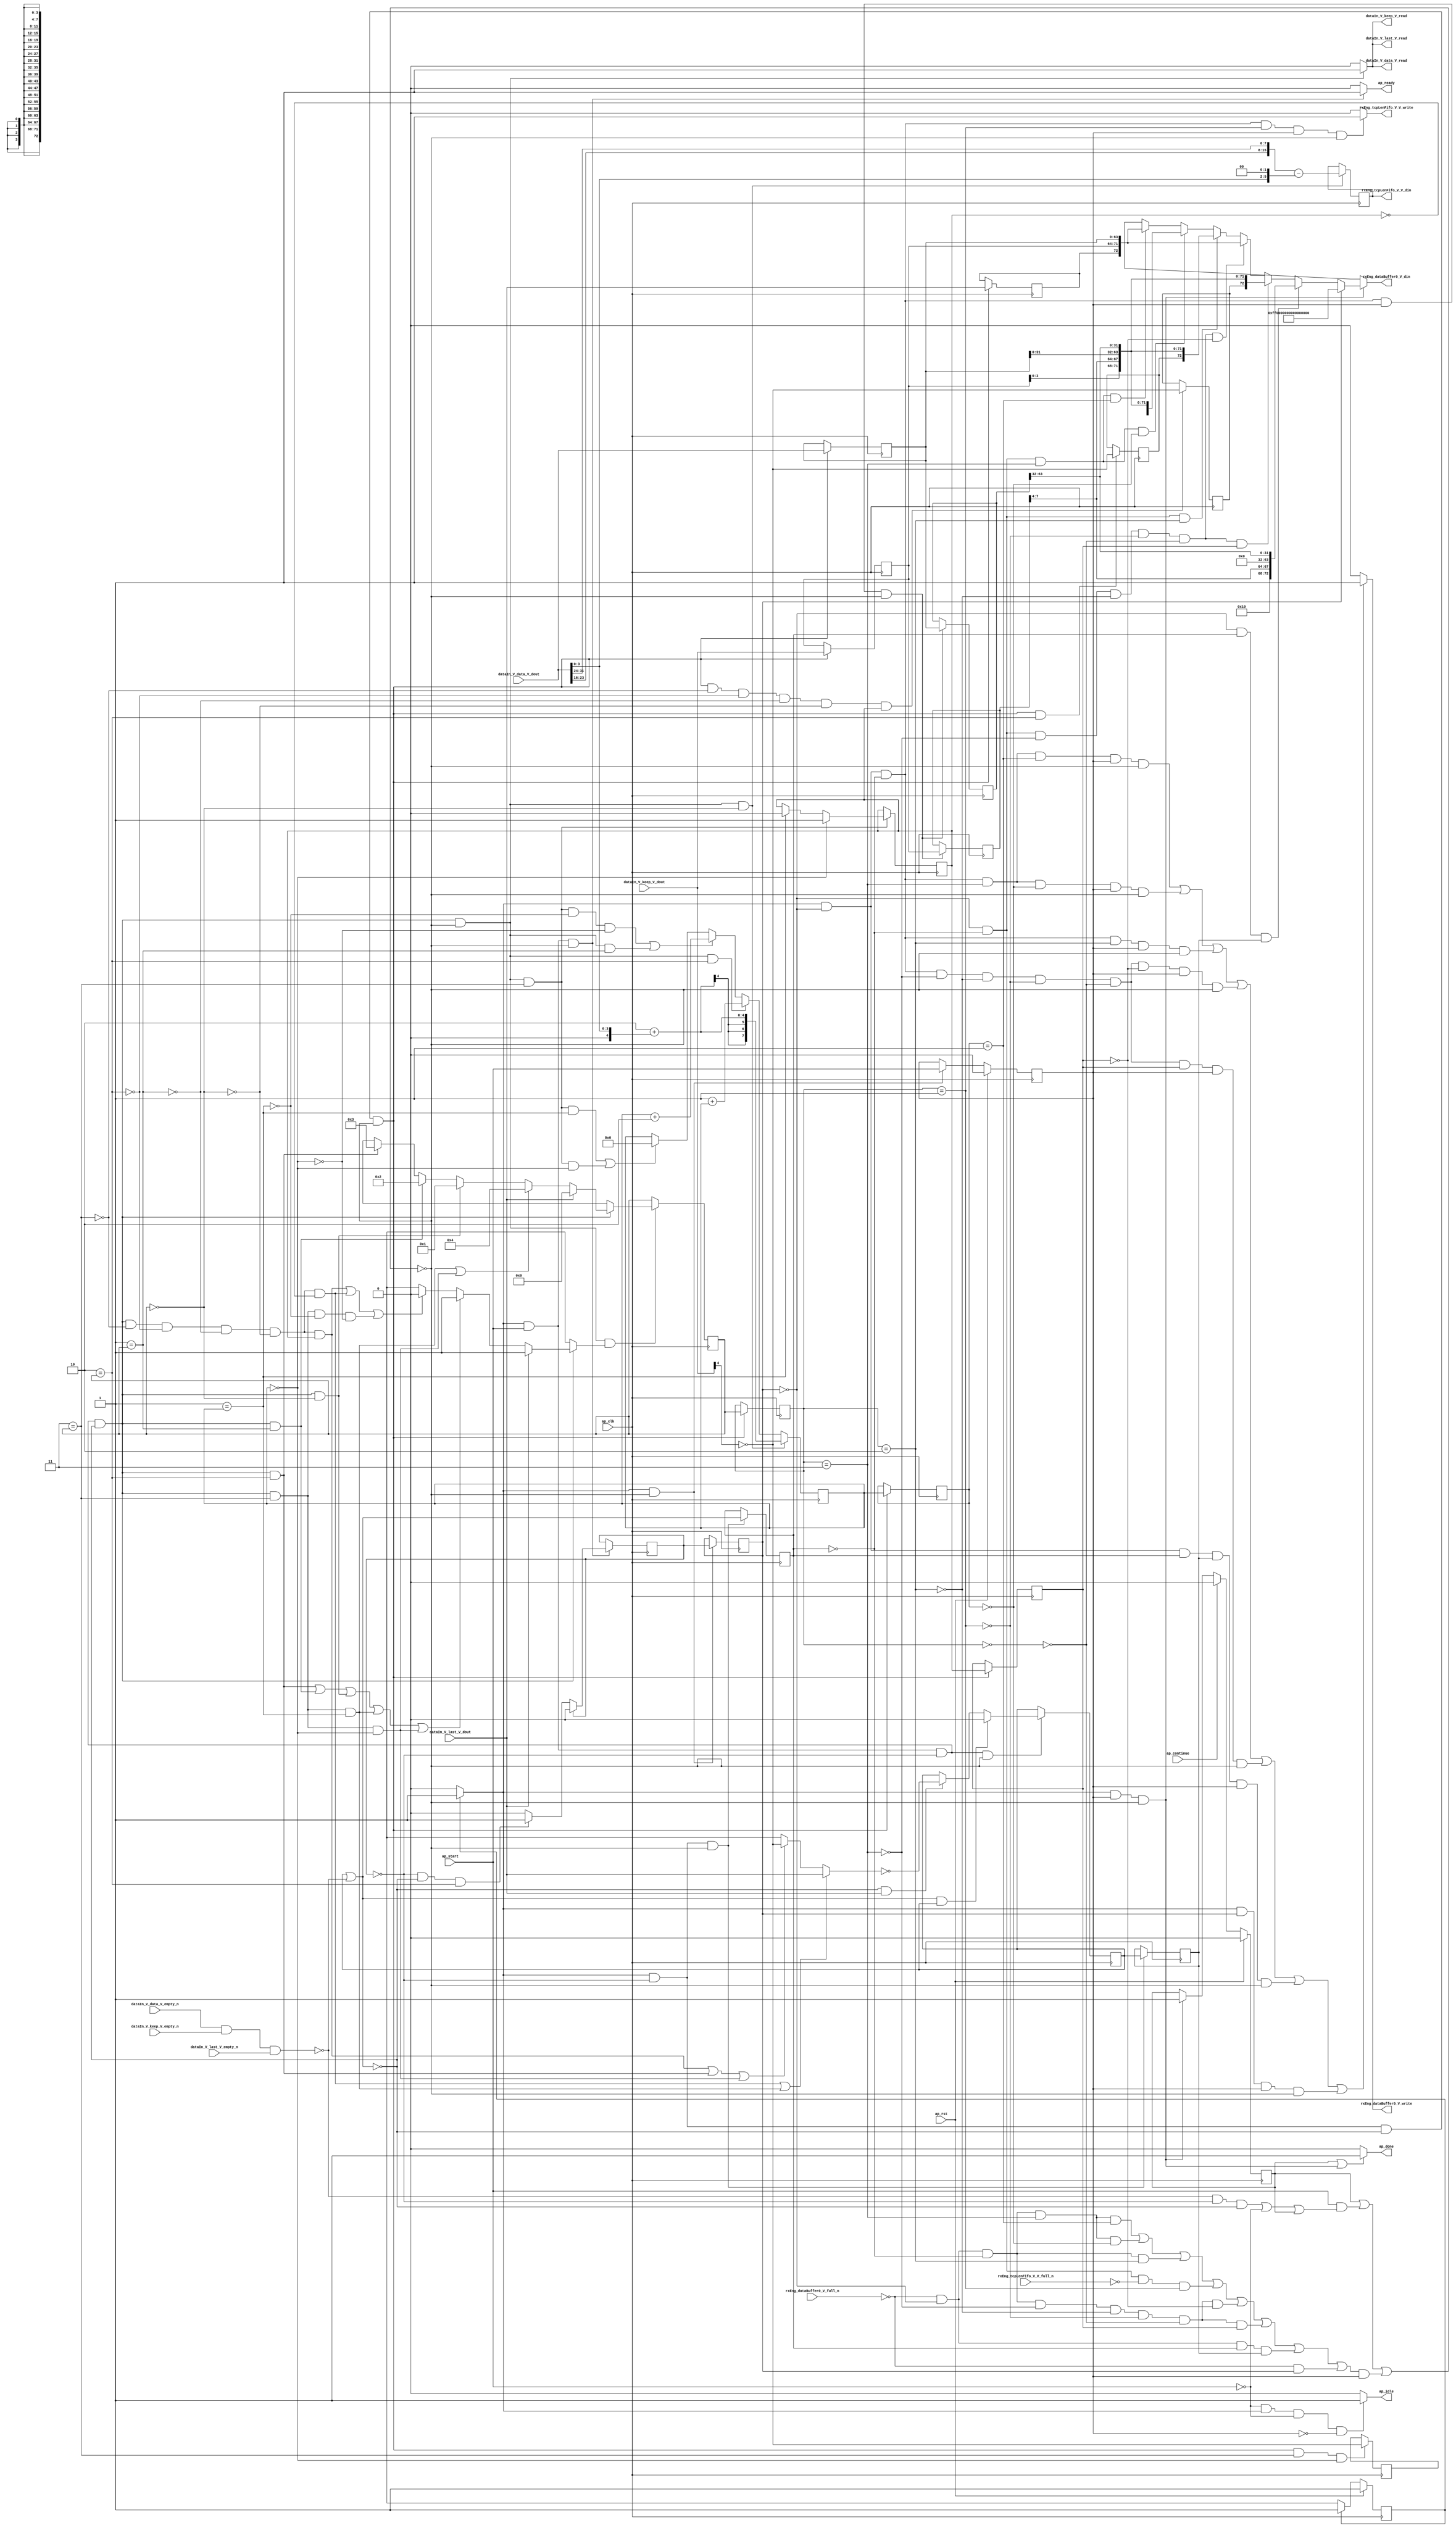
// ==============================================================
// RTL generated by Vivado(TM) HLS - High-Level Synthesis from C, C++ and SystemC
// Version: 2015.1
// Copyright (C) 2015 Xilinx Inc. All rights reserved.
// 
// ===========================================================

`timescale 1 ns / 1 ps 

module toe_rxTcpLengthExtract (
        ap_clk,
        ap_rst,
        ap_start,
        ap_done,
        ap_continue,
        ap_idle,
        ap_ready,
        rxEng_dataBuffer0_V_din,
        rxEng_dataBuffer0_V_full_n,
        rxEng_dataBuffer0_V_write,
        rxEng_tcpLenFifo_V_V_din,
        rxEng_tcpLenFifo_V_V_full_n,
        rxEng_tcpLenFifo_V_V_write,
        dataIn_V_data_V_dout,
        dataIn_V_data_V_empty_n,
        dataIn_V_data_V_read,
        dataIn_V_keep_V_dout,
        dataIn_V_keep_V_empty_n,
        dataIn_V_keep_V_read,
        dataIn_V_last_V_dout,
        dataIn_V_last_V_empty_n,
        dataIn_V_last_V_read
);

parameter    ap_const_logic_1 = 1'b1;
parameter    ap_const_logic_0 = 1'b0;
parameter    ap_ST_pp0_stg0_fsm_0 = 1'b1;
parameter    ap_const_lv32_0 = 32'b00000000000000000000000000000000;
parameter    ap_const_lv1_1 = 1'b1;
parameter    ap_const_lv1_0 = 1'b0;
parameter    ap_const_lv4_3 = 4'b11;
parameter    ap_const_lv8_1 = 8'b1;
parameter    ap_const_lv8_0 = 8'b00000000;
parameter    ap_const_lv4_2 = 4'b10;
parameter    ap_const_lv4_1 = 4'b1;
parameter    ap_const_lv4_0 = 4'b0000;
parameter    ap_const_lv4_4 = 4'b100;
parameter    ap_const_lv73_FF0000000000000000 = 73'b111111110000000000000000000000000000000000000000000000000000000000000000;
parameter    ap_const_lv32_4 = 32'b100;
parameter    ap_const_lv8_FE = 8'b11111110;
parameter    ap_const_lv32_20 = 32'b100000;
parameter    ap_const_lv32_3F = 32'b111111;
parameter    ap_const_lv32_7 = 32'b111;
parameter    ap_const_lv8_FF = 8'b11111111;
parameter    ap_const_lv32_18 = 32'b11000;
parameter    ap_const_lv32_1F = 32'b11111;
parameter    ap_const_lv32_10 = 32'b10000;
parameter    ap_const_lv32_17 = 32'b10111;
parameter    ap_const_lv2_0 = 2'b00;
parameter    ap_const_lv5_1E = 5'b11110;
parameter    ap_true = 1'b1;

input   ap_clk;
input   ap_rst;
input   ap_start;
output   ap_done;
input   ap_continue;
output   ap_idle;
output   ap_ready;
output  [72:0] rxEng_dataBuffer0_V_din;
input   rxEng_dataBuffer0_V_full_n;
output   rxEng_dataBuffer0_V_write;
output  [15:0] rxEng_tcpLenFifo_V_V_din;
input   rxEng_tcpLenFifo_V_V_full_n;
output   rxEng_tcpLenFifo_V_V_write;
input  [63:0] dataIn_V_data_V_dout;
input   dataIn_V_data_V_empty_n;
output   dataIn_V_data_V_read;
input  [7:0] dataIn_V_keep_V_dout;
input   dataIn_V_keep_V_empty_n;
output   dataIn_V_keep_V_read;
input  [0:0] dataIn_V_last_V_dout;
input   dataIn_V_last_V_empty_n;
output   dataIn_V_last_V_read;

reg ap_done;
reg ap_idle;
reg ap_ready;
reg[72:0] rxEng_dataBuffer0_V_din;
reg rxEng_dataBuffer0_V_write;
reg rxEng_tcpLenFifo_V_V_write;
reg    ap_done_reg = 1'b0;
(* fsm_encoding = "none" *) reg   [0:0] ap_CS_fsm = 1'b1;
reg    ap_sig_cseq_ST_pp0_stg0_fsm_0;
reg    ap_sig_bdd_20;
wire    ap_reg_ppiten_pp0_it0;
reg    ap_reg_ppiten_pp0_it1 = 1'b0;
wire    dataIn_V_data_V0_status;
wire   [0:0] brmerge_fu_354_p2;
reg    ap_sig_bdd_48;
reg   [0:0] tle_insertWord_load_reg_644;
reg   [0:0] brmerge_reg_652;
reg   [3:0] tle_wordCount_V_load_reg_682;
reg   [7:0] tle_ipHeaderLen_V_load_reg_686;
reg   [0:0] tle_shift_load_reg_690;
reg   [0:0] tle_wasLast_load_reg_648;
reg    ap_sig_bdd_119;
reg   [0:0] tle_insertWord = 1'b0;
reg   [0:0] tle_wasLast = 1'b0;
reg   [63:0] tle_prevWord_data_V = 64'b0000000000000000000000000000000000000000000000000000000000000000;
reg   [7:0] tle_prevWord_keep_V = 8'b00000000;
reg   [3:0] tle_wordCount_V = 4'b0000;
reg   [7:0] tle_ipHeaderLen_V = 8'b00000000;
reg   [0:0] tle_shift = 1'b1;
reg   [15:0] tle_ipTotalLen_V = 16'b0000000000000000;
wire   [0:0] tle_wasLast_load_load_fu_344_p1;
reg   [63:0] tmp_data_V_reg_656;
reg   [7:0] tmp_keep_V_reg_666;
wire   [0:0] tmp_last_V_fu_369_p1;
reg   [0:0] tmp_last_V_reg_676;
wire   [3:0] tle_wordCount_V_load_load_fu_375_p1;
wire   [7:0] tle_ipHeaderLen_V_load_load_fu_379_p1;
wire   [0:0] tle_shift_load_load_fu_384_p1;
wire   [0:0] grp_fu_302_p2;
reg   [0:0] tmp_last_V_9_reg_694;
reg   [0:0] tmp_last_V_7_reg_699;
reg   [0:0] tmp_last_V_8_reg_704;
wire   [0:0] ap_reg_phiprechg_tle_wordCount_V_flag_reg_183pp0_it0;
reg   [0:0] tle_wordCount_V_flag_phi_fu_186_p16;
wire   [3:0] ap_reg_phiprechg_tle_wordCount_V_new_reg_212pp0_it0;
reg   [3:0] tle_wordCount_V_new_phi_fu_215_p16;
wire   [0:0] ap_reg_phiprechg_sendWord_2_2_reg_241pp0_it0;
reg   [0:0] sendWord_2_2_phi_fu_244_p16;
wire   [0:0] ap_reg_phiprechg_tle_wordCount_V_flag_1_reg_265pp0_it0;
reg   [0:0] tle_wordCount_V_flag_1_phi_fu_268_p4;
wire   [3:0] ap_reg_phiprechg_tle_wordCount_V_new_1_reg_277pp0_it0;
reg   [3:0] tle_wordCount_V_new_1_phi_fu_280_p4;
wire   [0:0] tmp_nbreadreq_fu_146_p5;
reg    dataIn_V_data_V0_update;
wire   [72:0] tmp_3_fu_534_p4;
wire   [72:0] tmp_2_fu_548_p6;
wire   [72:0] tmp_1_fu_568_p6;
wire   [72:0] tmp_5_fu_587_p4;
wire   [72:0] tmp_4_fu_601_p6;
wire   [72:0] tmp_6_fu_633_p4;
wire   [0:0] tmp_102_fu_494_p2;
wire   [7:0] grp_fu_311_p2;
wire   [7:0] tmp_100_fu_400_p2;
wire  signed [7:0] tmp_160_cast_fu_484_p1;
wire   [15:0] tmp_97_fu_466_p2;
wire   [0:0] grp_fu_295_p3;
wire   [0:0] tmp_not_fu_348_p2;
wire   [3:0] tmp_335_fu_418_p1;
wire   [7:0] p_Result_2_i_fu_436_p4;
wire   [7:0] p_Result_i_fu_426_p4;
wire   [5:0] tmp_s_fu_454_p3;
wire   [15:0] tmp_i_fu_446_p3;
wire   [15:0] tmp_158_cast_fu_462_p1;
wire   [4:0] p_cast_fu_422_p1;
wire   [4:0] tmp_98_fu_478_p2;
wire   [3:0] tmp_343_fu_545_p1;
wire   [3:0] grp_fu_331_p4;
wire   [31:0] tmp_342_fu_542_p1;
wire   [31:0] grp_fu_322_p4;
wire   [3:0] tmp_337_fu_565_p1;
wire   [31:0] tmp_336_fu_562_p1;
wire   [3:0] tmp_340_fu_598_p1;
wire   [31:0] tmp_339_fu_595_p1;
wire   [7:0] p_Result_16_fu_629_p1;
wire   [63:0] p_Result_s_116_fu_625_p1;
reg   [0:0] ap_NS_fsm;
reg    ap_sig_pprstidle_pp0;
reg    ap_sig_bdd_68;
reg    ap_sig_bdd_72;
reg    ap_sig_bdd_76;
reg    ap_sig_bdd_99;
reg    ap_sig_bdd_102;
reg    ap_sig_bdd_109;
reg    ap_sig_bdd_273;
reg    ap_sig_bdd_181;
reg    ap_sig_bdd_126;
reg    ap_sig_bdd_527;
reg    ap_sig_bdd_530;
reg    ap_sig_bdd_532;
reg    ap_sig_bdd_529;
reg    ap_sig_bdd_320;




/// the current state (ap_CS_fsm) of the state machine. ///
always @ (posedge ap_clk)
begin : ap_ret_ap_CS_fsm
    if (ap_rst == 1'b1) begin
        ap_CS_fsm <= ap_ST_pp0_stg0_fsm_0;
    end else begin
        ap_CS_fsm <= ap_NS_fsm;
    end
end

/// ap_done_reg assign process. ///
always @ (posedge ap_clk)
begin : ap_ret_ap_done_reg
    if (ap_rst == 1'b1) begin
        ap_done_reg <= ap_const_logic_0;
    end else begin
        if ((ap_const_logic_1 == ap_continue)) begin
            ap_done_reg <= ap_const_logic_0;
        end else if (((ap_const_logic_1 == ap_sig_cseq_ST_pp0_stg0_fsm_0) & (ap_const_logic_1 == ap_reg_ppiten_pp0_it1) & ~((ap_done_reg == ap_const_logic_1) | ((ap_const_logic_1 == ap_reg_ppiten_pp0_it0) & ap_sig_bdd_48) | (ap_sig_bdd_119 & (ap_const_logic_1 == ap_reg_ppiten_pp0_it1))))) begin
            ap_done_reg <= ap_const_logic_1;
        end
    end
end

/// ap_reg_ppiten_pp0_it1 assign process. ///
always @ (posedge ap_clk)
begin : ap_ret_ap_reg_ppiten_pp0_it1
    if (ap_rst == 1'b1) begin
        ap_reg_ppiten_pp0_it1 <= ap_const_logic_0;
    end else begin
        if (((ap_const_logic_1 == ap_sig_cseq_ST_pp0_stg0_fsm_0) & ~((ap_done_reg == ap_const_logic_1) | ((ap_const_logic_1 == ap_reg_ppiten_pp0_it0) & ap_sig_bdd_48) | (ap_sig_bdd_119 & (ap_const_logic_1 == ap_reg_ppiten_pp0_it1))))) begin
            ap_reg_ppiten_pp0_it1 <= ap_reg_ppiten_pp0_it0;
        end
    end
end

/// assign process. ///
always @(posedge ap_clk)
begin
    if (ap_sig_bdd_126) begin
        if (~(tle_insertWord == ap_const_lv1_0)) begin
            tle_insertWord <= ap_const_lv1_0;
        end else if (ap_sig_bdd_181) begin
            tle_insertWord <= ap_const_lv1_1;
        end
    end
end

/// assign process. ///
always @(posedge ap_clk)
begin
    if (((ap_const_logic_1 == ap_sig_cseq_ST_pp0_stg0_fsm_0) & (ap_const_logic_1 == ap_reg_ppiten_pp0_it0) & (tle_insertWord == ap_const_lv1_0) & (ap_const_lv1_0 == brmerge_fu_354_p2) & ~((ap_done_reg == ap_const_logic_1) | ((ap_const_logic_1 == ap_reg_ppiten_pp0_it0) & ap_sig_bdd_48) | (ap_sig_bdd_119 & (ap_const_logic_1 == ap_reg_ppiten_pp0_it1))) & (ap_const_lv4_0 == tle_wordCount_V_load_load_fu_375_p1))) begin
        tle_ipHeaderLen_V <= tmp_160_cast_fu_484_p1;
    end else if (((ap_const_logic_1 == ap_sig_cseq_ST_pp0_stg0_fsm_0) & (ap_const_logic_1 == ap_reg_ppiten_pp0_it0) & (tle_insertWord == ap_const_lv1_0) & (ap_const_lv1_0 == brmerge_fu_354_p2) & ~((ap_done_reg == ap_const_logic_1) | ((ap_const_logic_1 == ap_reg_ppiten_pp0_it0) & ap_sig_bdd_48) | (ap_sig_bdd_119 & (ap_const_logic_1 == ap_reg_ppiten_pp0_it1))) & (ap_const_lv4_2 == tle_wordCount_V_load_load_fu_375_p1))) begin
        tle_ipHeaderLen_V <= tmp_100_fu_400_p2;
    end else if ((((ap_const_logic_1 == ap_sig_cseq_ST_pp0_stg0_fsm_0) & (ap_const_logic_1 == ap_reg_ppiten_pp0_it0) & (tle_insertWord == ap_const_lv1_0) & (ap_const_lv1_0 == brmerge_fu_354_p2) & ~((ap_done_reg == ap_const_logic_1) | ((ap_const_logic_1 == ap_reg_ppiten_pp0_it0) & ap_sig_bdd_48) | (ap_sig_bdd_119 & (ap_const_logic_1 == ap_reg_ppiten_pp0_it1))) & (ap_const_lv4_3 == tle_wordCount_V_load_load_fu_375_p1) & ~(ap_const_lv8_1 == tle_ipHeaderLen_V_load_load_fu_379_p1) & ~(ap_const_lv8_0 == tle_ipHeaderLen_V_load_load_fu_379_p1)) | ((ap_const_logic_1 == ap_sig_cseq_ST_pp0_stg0_fsm_0) & (ap_const_logic_1 == ap_reg_ppiten_pp0_it0) & (tle_insertWord == ap_const_lv1_0) & (ap_const_lv1_0 == brmerge_fu_354_p2) & ~((ap_done_reg == ap_const_logic_1) | ((ap_const_logic_1 == ap_reg_ppiten_pp0_it0) & ap_sig_bdd_48) | (ap_sig_bdd_119 & (ap_const_logic_1 == ap_reg_ppiten_pp0_it1))) & (ap_const_lv4_1 == tle_wordCount_V_load_load_fu_375_p1)))) begin
        tle_ipHeaderLen_V <= grp_fu_311_p2;
    end else if ((((ap_const_logic_1 == ap_sig_cseq_ST_pp0_stg0_fsm_0) & (ap_const_logic_1 == ap_reg_ppiten_pp0_it0) & (tle_insertWord == ap_const_lv1_0) & (ap_const_lv1_0 == brmerge_fu_354_p2) & ~((ap_done_reg == ap_const_logic_1) | ((ap_const_logic_1 == ap_reg_ppiten_pp0_it0) & ap_sig_bdd_48) | (ap_sig_bdd_119 & (ap_const_logic_1 == ap_reg_ppiten_pp0_it1))) & (ap_const_lv4_3 == tle_wordCount_V_load_load_fu_375_p1) & (ap_const_lv8_1 == tle_ipHeaderLen_V_load_load_fu_379_p1)) | ((ap_const_logic_1 == ap_sig_cseq_ST_pp0_stg0_fsm_0) & (ap_const_logic_1 == ap_reg_ppiten_pp0_it0) & (tle_insertWord == ap_const_lv1_0) & (ap_const_lv1_0 == brmerge_fu_354_p2) & ~((ap_done_reg == ap_const_logic_1) | ((ap_const_logic_1 == ap_reg_ppiten_pp0_it0) & ap_sig_bdd_48) | (ap_sig_bdd_119 & (ap_const_logic_1 == ap_reg_ppiten_pp0_it1))) & (ap_const_lv4_3 == tle_wordCount_V_load_load_fu_375_p1) & (ap_const_lv8_0 == tle_ipHeaderLen_V_load_load_fu_379_p1)))) begin
        tle_ipHeaderLen_V <= ap_const_lv8_0;
    end
end

/// assign process. ///
always @(posedge ap_clk)
begin
    if (ap_sig_bdd_527) begin
        if ((ap_const_lv8_0 == tle_ipHeaderLen_V_load_load_fu_379_p1)) begin
            tle_shift <= ap_const_lv1_1;
        end else if ((ap_const_lv8_1 == tle_ipHeaderLen_V_load_load_fu_379_p1)) begin
            tle_shift <= ap_const_lv1_0;
        end
    end
end

/// assign process. ///
always @(posedge ap_clk)
begin
    if (ap_sig_bdd_529) begin
        if (ap_sig_bdd_532) begin
            tle_wasLast <= ap_const_lv1_0;
        end else if (ap_sig_bdd_530) begin
            tle_wasLast <= tmp_102_fu_494_p2;
        end
    end
end

/// assign process. ///
always @(posedge ap_clk)
begin
    if (((ap_const_logic_1 == ap_sig_cseq_ST_pp0_stg0_fsm_0) & (tle_insertWord == ap_const_lv1_0) & ~((ap_done_reg == ap_const_logic_1) | ((ap_const_logic_1 == ap_reg_ppiten_pp0_it0) & ap_sig_bdd_48) | (ap_sig_bdd_119 & (ap_const_logic_1 == ap_reg_ppiten_pp0_it1))))) begin
        brmerge_reg_652 <= brmerge_fu_354_p2;
        tle_wasLast_load_reg_648 <= tle_wasLast;
    end
end

/// assign process. ///
always @(posedge ap_clk)
begin
    if (((ap_const_logic_1 == ap_sig_cseq_ST_pp0_stg0_fsm_0) & ~((ap_done_reg == ap_const_logic_1) | ((ap_const_logic_1 == ap_reg_ppiten_pp0_it0) & ap_sig_bdd_48) | (ap_sig_bdd_119 & (ap_const_logic_1 == ap_reg_ppiten_pp0_it1))))) begin
        tle_insertWord_load_reg_644 <= tle_insertWord;
    end
end

/// assign process. ///
always @(posedge ap_clk)
begin
    if (((ap_const_logic_1 == ap_sig_cseq_ST_pp0_stg0_fsm_0) & (tle_insertWord == ap_const_lv1_0) & (ap_const_lv1_0 == brmerge_fu_354_p2) & ~((ap_done_reg == ap_const_logic_1) | ((ap_const_logic_1 == ap_reg_ppiten_pp0_it0) & ap_sig_bdd_48) | (ap_sig_bdd_119 & (ap_const_logic_1 == ap_reg_ppiten_pp0_it1))))) begin
        tle_ipHeaderLen_V_load_reg_686 <= tle_ipHeaderLen_V;
        tle_shift_load_reg_690 <= tle_shift;
        tle_wordCount_V_load_reg_682 <= tle_wordCount_V;
        tmp_data_V_reg_656 <= dataIn_V_data_V_dout;
        tmp_keep_V_reg_666 <= dataIn_V_keep_V_dout;
        tmp_last_V_reg_676 <= dataIn_V_last_V_dout;
    end
end

/// assign process. ///
always @(posedge ap_clk)
begin
    if (((ap_const_logic_1 == ap_sig_cseq_ST_pp0_stg0_fsm_0) & (ap_const_logic_1 == ap_reg_ppiten_pp0_it0) & (tle_insertWord == ap_const_lv1_0) & (ap_const_lv1_0 == brmerge_fu_354_p2) & ~((ap_done_reg == ap_const_logic_1) | ((ap_const_logic_1 == ap_reg_ppiten_pp0_it0) & ap_sig_bdd_48) | (ap_sig_bdd_119 & (ap_const_logic_1 == ap_reg_ppiten_pp0_it1))) & (ap_const_lv4_0 == tle_wordCount_V_load_load_fu_375_p1))) begin
        tle_ipTotalLen_V <= tmp_97_fu_466_p2;
    end
end

/// assign process. ///
always @(posedge ap_clk)
begin
    if (((ap_const_logic_1 == ap_sig_cseq_ST_pp0_stg0_fsm_0) & (ap_const_lv1_0 == tle_insertWord_load_reg_644) & (ap_const_lv1_0 == brmerge_reg_652) & (ap_const_logic_1 == ap_reg_ppiten_pp0_it1) & ~((ap_done_reg == ap_const_logic_1) | ((ap_const_logic_1 == ap_reg_ppiten_pp0_it0) & ap_sig_bdd_48) | (ap_sig_bdd_119 & (ap_const_logic_1 == ap_reg_ppiten_pp0_it1))))) begin
        tle_prevWord_data_V <= tmp_data_V_reg_656;
        tle_prevWord_keep_V <= tmp_keep_V_reg_666;
    end
end

/// assign process. ///
always @(posedge ap_clk)
begin
    if (((ap_const_logic_1 == ap_sig_cseq_ST_pp0_stg0_fsm_0) & (ap_const_logic_1 == ap_reg_ppiten_pp0_it0) & (tle_insertWord == ap_const_lv1_0) & (ap_const_lv1_0 == brmerge_fu_354_p2) & ~((ap_done_reg == ap_const_logic_1) | ((ap_const_logic_1 == ap_reg_ppiten_pp0_it0) & ap_sig_bdd_48) | (ap_sig_bdd_119 & (ap_const_logic_1 == ap_reg_ppiten_pp0_it1))) & ~(ap_const_lv1_0 == tle_wordCount_V_flag_1_phi_fu_268_p4))) begin
        tle_wordCount_V <= tle_wordCount_V_new_1_phi_fu_280_p4;
    end
end

/// assign process. ///
always @(posedge ap_clk)
begin
    if (((ap_const_logic_1 == ap_sig_cseq_ST_pp0_stg0_fsm_0) & (tle_insertWord == ap_const_lv1_0) & (ap_const_lv1_0 == brmerge_fu_354_p2) & ~((ap_done_reg == ap_const_logic_1) | ((ap_const_logic_1 == ap_reg_ppiten_pp0_it0) & ap_sig_bdd_48) | (ap_sig_bdd_119 & (ap_const_logic_1 == ap_reg_ppiten_pp0_it1))) & (ap_const_lv4_2 == tle_wordCount_V_load_load_fu_375_p1))) begin
        tmp_last_V_7_reg_699 <= grp_fu_302_p2;
    end
end

/// assign process. ///
always @(posedge ap_clk)
begin
    if (((ap_const_logic_1 == ap_sig_cseq_ST_pp0_stg0_fsm_0) & (tle_insertWord == ap_const_lv1_0) & (ap_const_lv1_0 == brmerge_fu_354_p2) & ~((ap_done_reg == ap_const_logic_1) | ((ap_const_logic_1 == ap_reg_ppiten_pp0_it0) & ap_sig_bdd_48) | (ap_sig_bdd_119 & (ap_const_logic_1 == ap_reg_ppiten_pp0_it1))) & ~(ap_const_lv4_3 == tle_wordCount_V_load_load_fu_375_p1) & ~(ap_const_lv4_2 == tle_wordCount_V_load_load_fu_375_p1) & ~(ap_const_lv4_1 == tle_wordCount_V_load_load_fu_375_p1) & ~(ap_const_lv4_0 == tle_wordCount_V_load_load_fu_375_p1) & ~(ap_const_lv1_0 == tle_shift_load_load_fu_384_p1))) begin
        tmp_last_V_8_reg_704 <= grp_fu_302_p2;
    end
end

/// assign process. ///
always @(posedge ap_clk)
begin
    if (((ap_const_logic_1 == ap_sig_cseq_ST_pp0_stg0_fsm_0) & (tle_insertWord == ap_const_lv1_0) & (ap_const_lv1_0 == brmerge_fu_354_p2) & ~((ap_done_reg == ap_const_logic_1) | ((ap_const_logic_1 == ap_reg_ppiten_pp0_it0) & ap_sig_bdd_48) | (ap_sig_bdd_119 & (ap_const_logic_1 == ap_reg_ppiten_pp0_it1))) & (ap_const_lv4_3 == tle_wordCount_V_load_load_fu_375_p1) & (ap_const_lv8_0 == tle_ipHeaderLen_V_load_load_fu_379_p1))) begin
        tmp_last_V_9_reg_694 <= grp_fu_302_p2;
    end
end

/// ap_done assign process. ///
always @ (ap_done_reg or ap_sig_cseq_ST_pp0_stg0_fsm_0 or ap_reg_ppiten_pp0_it0 or ap_reg_ppiten_pp0_it1 or ap_sig_bdd_48 or ap_sig_bdd_119)
begin
    if (((ap_const_logic_1 == ap_done_reg) | ((ap_const_logic_1 == ap_sig_cseq_ST_pp0_stg0_fsm_0) & (ap_const_logic_1 == ap_reg_ppiten_pp0_it1) & ~((ap_done_reg == ap_const_logic_1) | ((ap_const_logic_1 == ap_reg_ppiten_pp0_it0) & ap_sig_bdd_48) | (ap_sig_bdd_119 & (ap_const_logic_1 == ap_reg_ppiten_pp0_it1)))))) begin
        ap_done = ap_const_logic_1;
    end else begin
        ap_done = ap_const_logic_0;
    end
end

/// ap_idle assign process. ///
always @ (ap_start or ap_sig_cseq_ST_pp0_stg0_fsm_0 or ap_reg_ppiten_pp0_it0 or ap_reg_ppiten_pp0_it1)
begin
    if ((~(ap_const_logic_1 == ap_start) & (ap_const_logic_1 == ap_sig_cseq_ST_pp0_stg0_fsm_0) & (ap_const_logic_0 == ap_reg_ppiten_pp0_it0) & (ap_const_logic_0 == ap_reg_ppiten_pp0_it1))) begin
        ap_idle = ap_const_logic_1;
    end else begin
        ap_idle = ap_const_logic_0;
    end
end

/// ap_ready assign process. ///
always @ (ap_done_reg or ap_sig_cseq_ST_pp0_stg0_fsm_0 or ap_reg_ppiten_pp0_it0 or ap_reg_ppiten_pp0_it1 or ap_sig_bdd_48 or ap_sig_bdd_119)
begin
    if (((ap_const_logic_1 == ap_sig_cseq_ST_pp0_stg0_fsm_0) & (ap_const_logic_1 == ap_reg_ppiten_pp0_it0) & ~((ap_done_reg == ap_const_logic_1) | ((ap_const_logic_1 == ap_reg_ppiten_pp0_it0) & ap_sig_bdd_48) | (ap_sig_bdd_119 & (ap_const_logic_1 == ap_reg_ppiten_pp0_it1))))) begin
        ap_ready = ap_const_logic_1;
    end else begin
        ap_ready = ap_const_logic_0;
    end
end

/// ap_sig_cseq_ST_pp0_stg0_fsm_0 assign process. ///
always @ (ap_sig_bdd_20)
begin
    if (ap_sig_bdd_20) begin
        ap_sig_cseq_ST_pp0_stg0_fsm_0 = ap_const_logic_1;
    end else begin
        ap_sig_cseq_ST_pp0_stg0_fsm_0 = ap_const_logic_0;
    end
end

/// ap_sig_pprstidle_pp0 assign process. ///
always @ (ap_start or ap_reg_ppiten_pp0_it0)
begin
    if (((ap_const_logic_0 == ap_reg_ppiten_pp0_it0) & (ap_const_logic_0 == ap_start))) begin
        ap_sig_pprstidle_pp0 = ap_const_logic_1;
    end else begin
        ap_sig_pprstidle_pp0 = ap_const_logic_0;
    end
end

/// dataIn_V_data_V0_update assign process. ///
always @ (ap_done_reg or ap_sig_cseq_ST_pp0_stg0_fsm_0 or ap_reg_ppiten_pp0_it0 or ap_reg_ppiten_pp0_it1 or brmerge_fu_354_p2 or ap_sig_bdd_48 or ap_sig_bdd_119 or tle_insertWord)
begin
    if (((ap_const_logic_1 == ap_sig_cseq_ST_pp0_stg0_fsm_0) & (ap_const_logic_1 == ap_reg_ppiten_pp0_it0) & (tle_insertWord == ap_const_lv1_0) & (ap_const_lv1_0 == brmerge_fu_354_p2) & ~((ap_done_reg == ap_const_logic_1) | ((ap_const_logic_1 == ap_reg_ppiten_pp0_it0) & ap_sig_bdd_48) | (ap_sig_bdd_119 & (ap_const_logic_1 == ap_reg_ppiten_pp0_it1))))) begin
        dataIn_V_data_V0_update = ap_const_logic_1;
    end else begin
        dataIn_V_data_V0_update = ap_const_logic_0;
    end
end

/// rxEng_dataBuffer0_V_din assign process. ///
always @ (tle_insertWord_load_reg_644 or tmp_3_fu_534_p4 or tmp_2_fu_548_p6 or tmp_1_fu_568_p6 or tmp_5_fu_587_p4 or tmp_4_fu_601_p6 or tmp_6_fu_633_p4 or ap_sig_bdd_68 or ap_sig_bdd_72 or ap_sig_bdd_76 or ap_sig_bdd_99 or ap_sig_bdd_102 or ap_sig_bdd_109 or ap_sig_bdd_273)
begin
    if (ap_sig_bdd_273) begin
        if (~(ap_const_lv1_0 == tle_insertWord_load_reg_644)) begin
            rxEng_dataBuffer0_V_din = ap_const_lv73_FF0000000000000000;
        end else if (ap_sig_bdd_109) begin
            rxEng_dataBuffer0_V_din = tmp_6_fu_633_p4;
        end else if (ap_sig_bdd_102) begin
            rxEng_dataBuffer0_V_din = tmp_4_fu_601_p6;
        end else if (ap_sig_bdd_99) begin
            rxEng_dataBuffer0_V_din = tmp_5_fu_587_p4;
        end else if (ap_sig_bdd_76) begin
            rxEng_dataBuffer0_V_din = tmp_1_fu_568_p6;
        end else if (ap_sig_bdd_72) begin
            rxEng_dataBuffer0_V_din = tmp_2_fu_548_p6;
        end else if (ap_sig_bdd_68) begin
            rxEng_dataBuffer0_V_din = tmp_3_fu_534_p4;
        end else begin
            rxEng_dataBuffer0_V_din = 'bx;
        end
    end else begin
        rxEng_dataBuffer0_V_din = 'bx;
    end
end

/// rxEng_dataBuffer0_V_write assign process. ///
always @ (ap_done_reg or ap_sig_cseq_ST_pp0_stg0_fsm_0 or ap_reg_ppiten_pp0_it0 or ap_reg_ppiten_pp0_it1 or ap_sig_bdd_48 or tle_insertWord_load_reg_644 or brmerge_reg_652 or tle_wordCount_V_load_reg_682 or tle_ipHeaderLen_V_load_reg_686 or tle_shift_load_reg_690 or tle_wasLast_load_reg_648 or ap_sig_bdd_119)
begin
    if ((((ap_const_logic_1 == ap_sig_cseq_ST_pp0_stg0_fsm_0) & (ap_const_lv1_0 == tle_insertWord_load_reg_644) & (ap_const_lv1_0 == brmerge_reg_652) & (tle_wordCount_V_load_reg_682 == ap_const_lv4_3) & (tle_ipHeaderLen_V_load_reg_686 == ap_const_lv8_1) & (ap_const_logic_1 == ap_reg_ppiten_pp0_it1) & ~((ap_done_reg == ap_const_logic_1) | ((ap_const_logic_1 == ap_reg_ppiten_pp0_it0) & ap_sig_bdd_48) | (ap_sig_bdd_119 & (ap_const_logic_1 == ap_reg_ppiten_pp0_it1)))) | ((ap_const_logic_1 == ap_sig_cseq_ST_pp0_stg0_fsm_0) & (ap_const_lv1_0 == tle_insertWord_load_reg_644) & (ap_const_lv1_0 == brmerge_reg_652) & (tle_wordCount_V_load_reg_682 == ap_const_lv4_3) & (tle_ipHeaderLen_V_load_reg_686 == ap_const_lv8_0) & (ap_const_logic_1 == ap_reg_ppiten_pp0_it1) & ~((ap_done_reg == ap_const_logic_1) | ((ap_const_logic_1 == ap_reg_ppiten_pp0_it0) & ap_sig_bdd_48) | (ap_sig_bdd_119 & (ap_const_logic_1 == ap_reg_ppiten_pp0_it1)))) | ((ap_const_logic_1 == ap_sig_cseq_ST_pp0_stg0_fsm_0) & (ap_const_lv1_0 == tle_insertWord_load_reg_644) & (ap_const_lv1_0 == brmerge_reg_652) & (tle_wordCount_V_load_reg_682 == ap_const_lv4_2) & (ap_const_logic_1 == ap_reg_ppiten_pp0_it1) & ~((ap_done_reg == ap_const_logic_1) | ((ap_const_logic_1 == ap_reg_ppiten_pp0_it0) & ap_sig_bdd_48) | (ap_sig_bdd_119 & (ap_const_logic_1 == ap_reg_ppiten_pp0_it1)))) | ((ap_const_logic_1 == ap_sig_cseq_ST_pp0_stg0_fsm_0) & (ap_const_lv1_0 == tle_insertWord_load_reg_644) & (ap_const_lv1_0 == brmerge_reg_652) & ~(tle_wordCount_V_load_reg_682 == ap_const_lv4_3) & ~(tle_wordCount_V_load_reg_682 == ap_const_lv4_2) & ~(tle_wordCount_V_load_reg_682 == ap_const_lv4_1) & ~(tle_wordCount_V_load_reg_682 == ap_const_lv4_0) & (ap_const_lv1_0 == tle_shift_load_reg_690) & (ap_const_logic_1 == ap_reg_ppiten_pp0_it1) & ~((ap_done_reg == ap_const_logic_1) | ((ap_const_logic_1 == ap_reg_ppiten_pp0_it0) & ap_sig_bdd_48) | (ap_sig_bdd_119 & (ap_const_logic_1 == ap_reg_ppiten_pp0_it1)))) | ((ap_const_logic_1 == ap_sig_cseq_ST_pp0_stg0_fsm_0) & (ap_const_lv1_0 == tle_insertWord_load_reg_644) & (ap_const_lv1_0 == brmerge_reg_652) & ~(tle_wordCount_V_load_reg_682 == ap_const_lv4_3) & ~(tle_wordCount_V_load_reg_682 == ap_const_lv4_2) & ~(tle_wordCount_V_load_reg_682 == ap_const_lv4_1) & ~(tle_wordCount_V_load_reg_682 == ap_const_lv4_0) & ~(ap_const_lv1_0 == tle_shift_load_reg_690) & (ap_const_logic_1 == ap_reg_ppiten_pp0_it1) & ~((ap_done_reg == ap_const_logic_1) | ((ap_const_logic_1 == ap_reg_ppiten_pp0_it0) & ap_sig_bdd_48) | (ap_sig_bdd_119 & (ap_const_logic_1 == ap_reg_ppiten_pp0_it1)))) | ((ap_const_logic_1 == ap_sig_cseq_ST_pp0_stg0_fsm_0) & (ap_const_lv1_0 == tle_insertWord_load_reg_644) & ~(ap_const_lv1_0 == brmerge_reg_652) & ~(ap_const_lv1_0 == tle_wasLast_load_reg_648) & (ap_const_logic_1 == ap_reg_ppiten_pp0_it1) & ~((ap_done_reg == ap_const_logic_1) | ((ap_const_logic_1 == ap_reg_ppiten_pp0_it0) & ap_sig_bdd_48) | (ap_sig_bdd_119 & (ap_const_logic_1 == ap_reg_ppiten_pp0_it1)))) | ((ap_const_logic_1 == ap_sig_cseq_ST_pp0_stg0_fsm_0) & ~(ap_const_lv1_0 == tle_insertWord_load_reg_644) & (ap_const_logic_1 == ap_reg_ppiten_pp0_it1) & ~((ap_done_reg == ap_const_logic_1) | ((ap_const_logic_1 == ap_reg_ppiten_pp0_it0) & ap_sig_bdd_48) | (ap_sig_bdd_119 & (ap_const_logic_1 == ap_reg_ppiten_pp0_it1)))))) begin
        rxEng_dataBuffer0_V_write = ap_const_logic_1;
    end else begin
        rxEng_dataBuffer0_V_write = ap_const_logic_0;
    end
end

/// rxEng_tcpLenFifo_V_V_write assign process. ///
always @ (ap_done_reg or ap_sig_cseq_ST_pp0_stg0_fsm_0 or ap_reg_ppiten_pp0_it0 or ap_reg_ppiten_pp0_it1 or ap_sig_bdd_48 or tle_insertWord_load_reg_644 or brmerge_reg_652 or tle_wordCount_V_load_reg_682 or ap_sig_bdd_119)
begin
    if (((ap_const_logic_1 == ap_sig_cseq_ST_pp0_stg0_fsm_0) & (ap_const_lv1_0 == tle_insertWord_load_reg_644) & (ap_const_lv1_0 == brmerge_reg_652) & (tle_wordCount_V_load_reg_682 == ap_const_lv4_1) & (ap_const_logic_1 == ap_reg_ppiten_pp0_it1) & ~((ap_done_reg == ap_const_logic_1) | ((ap_const_logic_1 == ap_reg_ppiten_pp0_it0) & ap_sig_bdd_48) | (ap_sig_bdd_119 & (ap_const_logic_1 == ap_reg_ppiten_pp0_it1))))) begin
        rxEng_tcpLenFifo_V_V_write = ap_const_logic_1;
    end else begin
        rxEng_tcpLenFifo_V_V_write = ap_const_logic_0;
    end
end

/// sendWord_2_2_phi_fu_244_p16 assign process. ///
always @ (ap_sig_cseq_ST_pp0_stg0_fsm_0 or ap_reg_ppiten_pp0_it0 or brmerge_fu_354_p2 or dataIn_V_last_V_dout or tle_insertWord or tle_wordCount_V_load_load_fu_375_p1 or tle_ipHeaderLen_V_load_load_fu_379_p1 or tle_shift_load_load_fu_384_p1 or grp_fu_302_p2 or ap_reg_phiprechg_sendWord_2_2_reg_241pp0_it0)
begin
    if ((((ap_const_logic_1 == ap_sig_cseq_ST_pp0_stg0_fsm_0) & (ap_const_logic_1 == ap_reg_ppiten_pp0_it0) & (tle_insertWord == ap_const_lv1_0) & (ap_const_lv1_0 == brmerge_fu_354_p2) & ~(ap_const_lv4_3 == tle_wordCount_V_load_load_fu_375_p1) & ~(ap_const_lv4_2 == tle_wordCount_V_load_load_fu_375_p1) & ~(ap_const_lv4_1 == tle_wordCount_V_load_load_fu_375_p1) & ~(ap_const_lv4_0 == tle_wordCount_V_load_load_fu_375_p1) & (ap_const_lv1_0 == tle_shift_load_load_fu_384_p1)) | ((ap_const_logic_1 == ap_sig_cseq_ST_pp0_stg0_fsm_0) & (ap_const_logic_1 == ap_reg_ppiten_pp0_it0) & (tle_insertWord == ap_const_lv1_0) & (ap_const_lv1_0 == brmerge_fu_354_p2) & (ap_const_lv4_3 == tle_wordCount_V_load_load_fu_375_p1) & (ap_const_lv8_1 == tle_ipHeaderLen_V_load_load_fu_379_p1)))) begin
        sendWord_2_2_phi_fu_244_p16 = dataIn_V_last_V_dout;
    end else if ((((ap_const_logic_1 == ap_sig_cseq_ST_pp0_stg0_fsm_0) & (ap_const_logic_1 == ap_reg_ppiten_pp0_it0) & (tle_insertWord == ap_const_lv1_0) & (ap_const_lv1_0 == brmerge_fu_354_p2) & ~(ap_const_lv4_3 == tle_wordCount_V_load_load_fu_375_p1) & ~(ap_const_lv4_2 == tle_wordCount_V_load_load_fu_375_p1) & ~(ap_const_lv4_1 == tle_wordCount_V_load_load_fu_375_p1) & ~(ap_const_lv4_0 == tle_wordCount_V_load_load_fu_375_p1) & ~(ap_const_lv1_0 == tle_shift_load_load_fu_384_p1)) | ((ap_const_logic_1 == ap_sig_cseq_ST_pp0_stg0_fsm_0) & (ap_const_logic_1 == ap_reg_ppiten_pp0_it0) & (tle_insertWord == ap_const_lv1_0) & (ap_const_lv1_0 == brmerge_fu_354_p2) & (ap_const_lv4_2 == tle_wordCount_V_load_load_fu_375_p1)) | ((ap_const_logic_1 == ap_sig_cseq_ST_pp0_stg0_fsm_0) & (ap_const_logic_1 == ap_reg_ppiten_pp0_it0) & (tle_insertWord == ap_const_lv1_0) & (ap_const_lv1_0 == brmerge_fu_354_p2) & (ap_const_lv4_3 == tle_wordCount_V_load_load_fu_375_p1) & (ap_const_lv8_0 == tle_ipHeaderLen_V_load_load_fu_379_p1)))) begin
        sendWord_2_2_phi_fu_244_p16 = grp_fu_302_p2;
    end else begin
        sendWord_2_2_phi_fu_244_p16 = ap_reg_phiprechg_sendWord_2_2_reg_241pp0_it0;
    end
end

/// tle_wordCount_V_flag_1_phi_fu_268_p4 assign process. ///
always @ (tmp_last_V_fu_369_p1 or tle_wordCount_V_flag_phi_fu_186_p16 or ap_reg_phiprechg_tle_wordCount_V_flag_1_reg_265pp0_it0 or ap_sig_bdd_320)
begin
    if (ap_sig_bdd_320) begin
        if ((ap_const_lv1_0 == tmp_last_V_fu_369_p1)) begin
            tle_wordCount_V_flag_1_phi_fu_268_p4 = tle_wordCount_V_flag_phi_fu_186_p16;
        end else if (~(ap_const_lv1_0 == tmp_last_V_fu_369_p1)) begin
            tle_wordCount_V_flag_1_phi_fu_268_p4 = ap_const_lv1_1;
        end else begin
            tle_wordCount_V_flag_1_phi_fu_268_p4 = ap_reg_phiprechg_tle_wordCount_V_flag_1_reg_265pp0_it0;
        end
    end else begin
        tle_wordCount_V_flag_1_phi_fu_268_p4 = ap_reg_phiprechg_tle_wordCount_V_flag_1_reg_265pp0_it0;
    end
end

/// tle_wordCount_V_flag_phi_fu_186_p16 assign process. ///
always @ (ap_sig_cseq_ST_pp0_stg0_fsm_0 or ap_reg_ppiten_pp0_it0 or brmerge_fu_354_p2 or tle_insertWord or tle_wordCount_V_load_load_fu_375_p1 or tle_ipHeaderLen_V_load_load_fu_379_p1 or tle_shift_load_load_fu_384_p1 or ap_reg_phiprechg_tle_wordCount_V_flag_reg_183pp0_it0)
begin
    if ((((ap_const_logic_1 == ap_sig_cseq_ST_pp0_stg0_fsm_0) & (ap_const_logic_1 == ap_reg_ppiten_pp0_it0) & (tle_insertWord == ap_const_lv1_0) & (ap_const_lv1_0 == brmerge_fu_354_p2) & (ap_const_lv4_2 == tle_wordCount_V_load_load_fu_375_p1)) | ((ap_const_logic_1 == ap_sig_cseq_ST_pp0_stg0_fsm_0) & (ap_const_logic_1 == ap_reg_ppiten_pp0_it0) & (tle_insertWord == ap_const_lv1_0) & (ap_const_lv1_0 == brmerge_fu_354_p2) & (ap_const_lv4_1 == tle_wordCount_V_load_load_fu_375_p1)) | ((ap_const_logic_1 == ap_sig_cseq_ST_pp0_stg0_fsm_0) & (ap_const_logic_1 == ap_reg_ppiten_pp0_it0) & (tle_insertWord == ap_const_lv1_0) & (ap_const_lv1_0 == brmerge_fu_354_p2) & (ap_const_lv4_0 == tle_wordCount_V_load_load_fu_375_p1)) | ((ap_const_logic_1 == ap_sig_cseq_ST_pp0_stg0_fsm_0) & (ap_const_logic_1 == ap_reg_ppiten_pp0_it0) & (tle_insertWord == ap_const_lv1_0) & (ap_const_lv1_0 == brmerge_fu_354_p2) & (ap_const_lv4_3 == tle_wordCount_V_load_load_fu_375_p1) & (ap_const_lv8_1 == tle_ipHeaderLen_V_load_load_fu_379_p1)) | ((ap_const_logic_1 == ap_sig_cseq_ST_pp0_stg0_fsm_0) & (ap_const_logic_1 == ap_reg_ppiten_pp0_it0) & (tle_insertWord == ap_const_lv1_0) & (ap_const_lv1_0 == brmerge_fu_354_p2) & (ap_const_lv4_3 == tle_wordCount_V_load_load_fu_375_p1) & (ap_const_lv8_0 == tle_ipHeaderLen_V_load_load_fu_379_p1)))) begin
        tle_wordCount_V_flag_phi_fu_186_p16 = ap_const_lv1_1;
    end else if ((((ap_const_logic_1 == ap_sig_cseq_ST_pp0_stg0_fsm_0) & (ap_const_logic_1 == ap_reg_ppiten_pp0_it0) & (tle_insertWord == ap_const_lv1_0) & (ap_const_lv1_0 == brmerge_fu_354_p2) & ~(ap_const_lv4_3 == tle_wordCount_V_load_load_fu_375_p1) & ~(ap_const_lv4_2 == tle_wordCount_V_load_load_fu_375_p1) & ~(ap_const_lv4_1 == tle_wordCount_V_load_load_fu_375_p1) & ~(ap_const_lv4_0 == tle_wordCount_V_load_load_fu_375_p1) & ~(ap_const_lv1_0 == tle_shift_load_load_fu_384_p1)) | ((ap_const_logic_1 == ap_sig_cseq_ST_pp0_stg0_fsm_0) & (ap_const_logic_1 == ap_reg_ppiten_pp0_it0) & (tle_insertWord == ap_const_lv1_0) & (ap_const_lv1_0 == brmerge_fu_354_p2) & ~(ap_const_lv4_3 == tle_wordCount_V_load_load_fu_375_p1) & ~(ap_const_lv4_2 == tle_wordCount_V_load_load_fu_375_p1) & ~(ap_const_lv4_1 == tle_wordCount_V_load_load_fu_375_p1) & ~(ap_const_lv4_0 == tle_wordCount_V_load_load_fu_375_p1) & (ap_const_lv1_0 == tle_shift_load_load_fu_384_p1)) | ((ap_const_logic_1 == ap_sig_cseq_ST_pp0_stg0_fsm_0) & (ap_const_logic_1 == ap_reg_ppiten_pp0_it0) & (tle_insertWord == ap_const_lv1_0) & (ap_const_lv1_0 == brmerge_fu_354_p2) & (ap_const_lv4_3 == tle_wordCount_V_load_load_fu_375_p1) & ~(ap_const_lv8_1 == tle_ipHeaderLen_V_load_load_fu_379_p1) & ~(ap_const_lv8_0 == tle_ipHeaderLen_V_load_load_fu_379_p1)))) begin
        tle_wordCount_V_flag_phi_fu_186_p16 = ap_const_lv1_0;
    end else begin
        tle_wordCount_V_flag_phi_fu_186_p16 = ap_reg_phiprechg_tle_wordCount_V_flag_reg_183pp0_it0;
    end
end

/// tle_wordCount_V_new_1_phi_fu_280_p4 assign process. ///
always @ (tmp_last_V_fu_369_p1 or tle_wordCount_V_new_phi_fu_215_p16 or ap_reg_phiprechg_tle_wordCount_V_new_1_reg_277pp0_it0 or ap_sig_bdd_320)
begin
    if (ap_sig_bdd_320) begin
        if ((ap_const_lv1_0 == tmp_last_V_fu_369_p1)) begin
            tle_wordCount_V_new_1_phi_fu_280_p4 = tle_wordCount_V_new_phi_fu_215_p16;
        end else if (~(ap_const_lv1_0 == tmp_last_V_fu_369_p1)) begin
            tle_wordCount_V_new_1_phi_fu_280_p4 = ap_const_lv4_0;
        end else begin
            tle_wordCount_V_new_1_phi_fu_280_p4 = ap_reg_phiprechg_tle_wordCount_V_new_1_reg_277pp0_it0;
        end
    end else begin
        tle_wordCount_V_new_1_phi_fu_280_p4 = ap_reg_phiprechg_tle_wordCount_V_new_1_reg_277pp0_it0;
    end
end

/// tle_wordCount_V_new_phi_fu_215_p16 assign process. ///
always @ (ap_sig_cseq_ST_pp0_stg0_fsm_0 or ap_reg_ppiten_pp0_it0 or brmerge_fu_354_p2 or tle_insertWord or tle_wordCount_V_load_load_fu_375_p1 or tle_ipHeaderLen_V_load_load_fu_379_p1 or ap_reg_phiprechg_tle_wordCount_V_new_reg_212pp0_it0)
begin
    if ((((ap_const_logic_1 == ap_sig_cseq_ST_pp0_stg0_fsm_0) & (ap_const_logic_1 == ap_reg_ppiten_pp0_it0) & (tle_insertWord == ap_const_lv1_0) & (ap_const_lv1_0 == brmerge_fu_354_p2) & (ap_const_lv4_3 == tle_wordCount_V_load_load_fu_375_p1) & (ap_const_lv8_1 == tle_ipHeaderLen_V_load_load_fu_379_p1)) | ((ap_const_logic_1 == ap_sig_cseq_ST_pp0_stg0_fsm_0) & (ap_const_logic_1 == ap_reg_ppiten_pp0_it0) & (tle_insertWord == ap_const_lv1_0) & (ap_const_lv1_0 == brmerge_fu_354_p2) & (ap_const_lv4_3 == tle_wordCount_V_load_load_fu_375_p1) & (ap_const_lv8_0 == tle_ipHeaderLen_V_load_load_fu_379_p1)))) begin
        tle_wordCount_V_new_phi_fu_215_p16 = ap_const_lv4_4;
    end else if (((ap_const_logic_1 == ap_sig_cseq_ST_pp0_stg0_fsm_0) & (ap_const_logic_1 == ap_reg_ppiten_pp0_it0) & (tle_insertWord == ap_const_lv1_0) & (ap_const_lv1_0 == brmerge_fu_354_p2) & (ap_const_lv4_0 == tle_wordCount_V_load_load_fu_375_p1))) begin
        tle_wordCount_V_new_phi_fu_215_p16 = ap_const_lv4_1;
    end else if (((ap_const_logic_1 == ap_sig_cseq_ST_pp0_stg0_fsm_0) & (ap_const_logic_1 == ap_reg_ppiten_pp0_it0) & (tle_insertWord == ap_const_lv1_0) & (ap_const_lv1_0 == brmerge_fu_354_p2) & (ap_const_lv4_1 == tle_wordCount_V_load_load_fu_375_p1))) begin
        tle_wordCount_V_new_phi_fu_215_p16 = ap_const_lv4_2;
    end else if (((ap_const_logic_1 == ap_sig_cseq_ST_pp0_stg0_fsm_0) & (ap_const_logic_1 == ap_reg_ppiten_pp0_it0) & (tle_insertWord == ap_const_lv1_0) & (ap_const_lv1_0 == brmerge_fu_354_p2) & (ap_const_lv4_2 == tle_wordCount_V_load_load_fu_375_p1))) begin
        tle_wordCount_V_new_phi_fu_215_p16 = ap_const_lv4_3;
    end else begin
        tle_wordCount_V_new_phi_fu_215_p16 = ap_reg_phiprechg_tle_wordCount_V_new_reg_212pp0_it0;
    end
end
/// the next state (ap_NS_fsm) of the state machine. ///
always @ (ap_done_reg or ap_CS_fsm or ap_reg_ppiten_pp0_it0 or ap_reg_ppiten_pp0_it1 or ap_sig_bdd_48 or ap_sig_bdd_119 or ap_sig_pprstidle_pp0)
begin
    case (ap_CS_fsm)
        ap_ST_pp0_stg0_fsm_0 : 
        begin
            ap_NS_fsm = ap_ST_pp0_stg0_fsm_0;
        end
        default : 
        begin
            ap_NS_fsm = 'bx;
        end
    endcase
end

assign ap_reg_phiprechg_sendWord_2_2_reg_241pp0_it0 = 'bx;
assign ap_reg_phiprechg_tle_wordCount_V_flag_1_reg_265pp0_it0 = 'bx;
assign ap_reg_phiprechg_tle_wordCount_V_flag_reg_183pp0_it0 = 'bx;
assign ap_reg_phiprechg_tle_wordCount_V_new_1_reg_277pp0_it0 = 'bx;
assign ap_reg_phiprechg_tle_wordCount_V_new_reg_212pp0_it0 = 'bx;
assign ap_reg_ppiten_pp0_it0 = ap_start;

/// ap_sig_bdd_102 assign process. ///
always @ (tle_insertWord_load_reg_644 or brmerge_reg_652 or tle_wordCount_V_load_reg_682 or tle_shift_load_reg_690)
begin
    ap_sig_bdd_102 = ((ap_const_lv1_0 == tle_insertWord_load_reg_644) & (ap_const_lv1_0 == brmerge_reg_652) & ~(tle_wordCount_V_load_reg_682 == ap_const_lv4_3) & ~(tle_wordCount_V_load_reg_682 == ap_const_lv4_2) & ~(tle_wordCount_V_load_reg_682 == ap_const_lv4_1) & ~(tle_wordCount_V_load_reg_682 == ap_const_lv4_0) & ~(ap_const_lv1_0 == tle_shift_load_reg_690));
end

/// ap_sig_bdd_109 assign process. ///
always @ (tle_insertWord_load_reg_644 or brmerge_reg_652 or tle_wasLast_load_reg_648)
begin
    ap_sig_bdd_109 = ((ap_const_lv1_0 == tle_insertWord_load_reg_644) & ~(ap_const_lv1_0 == brmerge_reg_652) & ~(ap_const_lv1_0 == tle_wasLast_load_reg_648));
end

/// ap_sig_bdd_119 assign process. ///
always @ (rxEng_dataBuffer0_V_full_n or tle_insertWord_load_reg_644 or brmerge_reg_652 or tle_wordCount_V_load_reg_682 or tle_ipHeaderLen_V_load_reg_686 or rxEng_tcpLenFifo_V_V_full_n or tle_shift_load_reg_690 or tle_wasLast_load_reg_648)
begin
    ap_sig_bdd_119 = (((rxEng_dataBuffer0_V_full_n == ap_const_logic_0) & (ap_const_lv1_0 == tle_insertWord_load_reg_644) & (ap_const_lv1_0 == brmerge_reg_652) & (tle_wordCount_V_load_reg_682 == ap_const_lv4_3) & (tle_ipHeaderLen_V_load_reg_686 == ap_const_lv8_1)) | ((rxEng_dataBuffer0_V_full_n == ap_const_logic_0) & (ap_const_lv1_0 == tle_insertWord_load_reg_644) & (ap_const_lv1_0 == brmerge_reg_652) & (tle_wordCount_V_load_reg_682 == ap_const_lv4_3) & (tle_ipHeaderLen_V_load_reg_686 == ap_const_lv8_0)) | ((rxEng_dataBuffer0_V_full_n == ap_const_logic_0) & (ap_const_lv1_0 == tle_insertWord_load_reg_644) & (ap_const_lv1_0 == brmerge_reg_652) & (tle_wordCount_V_load_reg_682 == ap_const_lv4_2)) | ((ap_const_lv1_0 == tle_insertWord_load_reg_644) & (ap_const_lv1_0 == brmerge_reg_652) & (rxEng_tcpLenFifo_V_V_full_n == ap_const_logic_0) & (tle_wordCount_V_load_reg_682 == ap_const_lv4_1)) | ((rxEng_dataBuffer0_V_full_n == ap_const_logic_0) & (ap_const_lv1_0 == tle_insertWord_load_reg_644) & (ap_const_lv1_0 == brmerge_reg_652) & ~(tle_wordCount_V_load_reg_682 == ap_const_lv4_3) & ~(tle_wordCount_V_load_reg_682 == ap_const_lv4_2) & ~(tle_wordCount_V_load_reg_682 == ap_const_lv4_1) & ~(tle_wordCount_V_load_reg_682 == ap_const_lv4_0) & (ap_const_lv1_0 == tle_shift_load_reg_690)) | ((rxEng_dataBuffer0_V_full_n == ap_const_logic_0) & (ap_const_lv1_0 == tle_insertWord_load_reg_644) & (ap_const_lv1_0 == brmerge_reg_652) & ~(tle_wordCount_V_load_reg_682 == ap_const_lv4_3) & ~(tle_wordCount_V_load_reg_682 == ap_const_lv4_2) & ~(tle_wordCount_V_load_reg_682 == ap_const_lv4_1) & ~(tle_wordCount_V_load_reg_682 == ap_const_lv4_0) & ~(ap_const_lv1_0 == tle_shift_load_reg_690)) | ((rxEng_dataBuffer0_V_full_n == ap_const_logic_0) & (ap_const_lv1_0 == tle_insertWord_load_reg_644) & ~(ap_const_lv1_0 == brmerge_reg_652) & ~(ap_const_lv1_0 == tle_wasLast_load_reg_648)) | ((rxEng_dataBuffer0_V_full_n == ap_const_logic_0) & ~(ap_const_lv1_0 == tle_insertWord_load_reg_644)));
end

/// ap_sig_bdd_126 assign process. ///
always @ (ap_done_reg or ap_sig_cseq_ST_pp0_stg0_fsm_0 or ap_reg_ppiten_pp0_it0 or ap_reg_ppiten_pp0_it1 or ap_sig_bdd_48 or ap_sig_bdd_119)
begin
    ap_sig_bdd_126 = ((ap_const_logic_1 == ap_sig_cseq_ST_pp0_stg0_fsm_0) & (ap_const_logic_1 == ap_reg_ppiten_pp0_it0) & ~((ap_done_reg == ap_const_logic_1) | ((ap_const_logic_1 == ap_reg_ppiten_pp0_it0) & ap_sig_bdd_48) | (ap_sig_bdd_119 & (ap_const_logic_1 == ap_reg_ppiten_pp0_it1))));
end

/// ap_sig_bdd_181 assign process. ///
always @ (brmerge_fu_354_p2 or tle_insertWord or tle_wordCount_V_load_load_fu_375_p1)
begin
    ap_sig_bdd_181 = ((tle_insertWord == ap_const_lv1_0) & (ap_const_lv1_0 == brmerge_fu_354_p2) & (ap_const_lv4_2 == tle_wordCount_V_load_load_fu_375_p1));
end

/// ap_sig_bdd_20 assign process. ///
always @ (ap_CS_fsm)
begin
    ap_sig_bdd_20 = (ap_CS_fsm[ap_const_lv32_0] == ap_const_lv1_1);
end

/// ap_sig_bdd_273 assign process. ///
always @ (ap_done_reg or ap_sig_cseq_ST_pp0_stg0_fsm_0 or ap_reg_ppiten_pp0_it0 or ap_reg_ppiten_pp0_it1 or ap_sig_bdd_48 or ap_sig_bdd_119)
begin
    ap_sig_bdd_273 = ((ap_const_logic_1 == ap_sig_cseq_ST_pp0_stg0_fsm_0) & (ap_const_logic_1 == ap_reg_ppiten_pp0_it1) & ~((ap_done_reg == ap_const_logic_1) | ((ap_const_logic_1 == ap_reg_ppiten_pp0_it0) & ap_sig_bdd_48) | (ap_sig_bdd_119 & (ap_const_logic_1 == ap_reg_ppiten_pp0_it1))));
end

/// ap_sig_bdd_320 assign process. ///
always @ (ap_sig_cseq_ST_pp0_stg0_fsm_0 or ap_reg_ppiten_pp0_it0 or brmerge_fu_354_p2 or tle_insertWord)
begin
    ap_sig_bdd_320 = ((ap_const_logic_1 == ap_sig_cseq_ST_pp0_stg0_fsm_0) & (ap_const_logic_1 == ap_reg_ppiten_pp0_it0) & (tle_insertWord == ap_const_lv1_0) & (ap_const_lv1_0 == brmerge_fu_354_p2));
end

/// ap_sig_bdd_48 assign process. ///
always @ (ap_start or ap_done_reg or dataIn_V_data_V0_status or brmerge_fu_354_p2 or tle_insertWord)
begin
    ap_sig_bdd_48 = (((dataIn_V_data_V0_status == ap_const_logic_0) & (tle_insertWord == ap_const_lv1_0) & (ap_const_lv1_0 == brmerge_fu_354_p2)) | (ap_start == ap_const_logic_0) | (ap_done_reg == ap_const_logic_1));
end

/// ap_sig_bdd_527 assign process. ///
always @ (ap_done_reg or ap_sig_cseq_ST_pp0_stg0_fsm_0 or ap_reg_ppiten_pp0_it0 or ap_reg_ppiten_pp0_it1 or brmerge_fu_354_p2 or ap_sig_bdd_48 or ap_sig_bdd_119 or tle_insertWord or tle_wordCount_V_load_load_fu_375_p1)
begin
    ap_sig_bdd_527 = ((ap_const_logic_1 == ap_sig_cseq_ST_pp0_stg0_fsm_0) & (ap_const_logic_1 == ap_reg_ppiten_pp0_it0) & (tle_insertWord == ap_const_lv1_0) & (ap_const_lv1_0 == brmerge_fu_354_p2) & ~((ap_done_reg == ap_const_logic_1) | ((ap_const_logic_1 == ap_reg_ppiten_pp0_it0) & ap_sig_bdd_48) | (ap_sig_bdd_119 & (ap_const_logic_1 == ap_reg_ppiten_pp0_it1))) & (ap_const_lv4_3 == tle_wordCount_V_load_load_fu_375_p1));
end

/// ap_sig_bdd_529 assign process. ///
always @ (ap_done_reg or ap_sig_cseq_ST_pp0_stg0_fsm_0 or ap_reg_ppiten_pp0_it0 or ap_reg_ppiten_pp0_it1 or ap_sig_bdd_48 or ap_sig_bdd_119 or tle_insertWord)
begin
    ap_sig_bdd_529 = ((ap_const_logic_1 == ap_sig_cseq_ST_pp0_stg0_fsm_0) & (ap_const_logic_1 == ap_reg_ppiten_pp0_it0) & (tle_insertWord == ap_const_lv1_0) & ~((ap_done_reg == ap_const_logic_1) | ((ap_const_logic_1 == ap_reg_ppiten_pp0_it0) & ap_sig_bdd_48) | (ap_sig_bdd_119 & (ap_const_logic_1 == ap_reg_ppiten_pp0_it1))));
end

/// ap_sig_bdd_530 assign process. ///
always @ (brmerge_fu_354_p2 or tmp_last_V_fu_369_p1)
begin
    ap_sig_bdd_530 = ((ap_const_lv1_0 == brmerge_fu_354_p2) & ~(ap_const_lv1_0 == tmp_last_V_fu_369_p1));
end

/// ap_sig_bdd_532 assign process. ///
always @ (brmerge_fu_354_p2 or tle_wasLast_load_load_fu_344_p1)
begin
    ap_sig_bdd_532 = (~(ap_const_lv1_0 == brmerge_fu_354_p2) & ~(ap_const_lv1_0 == tle_wasLast_load_load_fu_344_p1));
end

/// ap_sig_bdd_68 assign process. ///
always @ (tle_insertWord_load_reg_644 or brmerge_reg_652 or tle_wordCount_V_load_reg_682 or tle_ipHeaderLen_V_load_reg_686)
begin
    ap_sig_bdd_68 = ((ap_const_lv1_0 == tle_insertWord_load_reg_644) & (ap_const_lv1_0 == brmerge_reg_652) & (tle_wordCount_V_load_reg_682 == ap_const_lv4_3) & (tle_ipHeaderLen_V_load_reg_686 == ap_const_lv8_1));
end

/// ap_sig_bdd_72 assign process. ///
always @ (tle_insertWord_load_reg_644 or brmerge_reg_652 or tle_wordCount_V_load_reg_682 or tle_ipHeaderLen_V_load_reg_686)
begin
    ap_sig_bdd_72 = ((ap_const_lv1_0 == tle_insertWord_load_reg_644) & (ap_const_lv1_0 == brmerge_reg_652) & (tle_wordCount_V_load_reg_682 == ap_const_lv4_3) & (tle_ipHeaderLen_V_load_reg_686 == ap_const_lv8_0));
end

/// ap_sig_bdd_76 assign process. ///
always @ (tle_insertWord_load_reg_644 or brmerge_reg_652 or tle_wordCount_V_load_reg_682)
begin
    ap_sig_bdd_76 = ((ap_const_lv1_0 == tle_insertWord_load_reg_644) & (ap_const_lv1_0 == brmerge_reg_652) & (tle_wordCount_V_load_reg_682 == ap_const_lv4_2));
end

/// ap_sig_bdd_99 assign process. ///
always @ (tle_insertWord_load_reg_644 or brmerge_reg_652 or tle_wordCount_V_load_reg_682 or tle_shift_load_reg_690)
begin
    ap_sig_bdd_99 = ((ap_const_lv1_0 == tle_insertWord_load_reg_644) & (ap_const_lv1_0 == brmerge_reg_652) & ~(tle_wordCount_V_load_reg_682 == ap_const_lv4_3) & ~(tle_wordCount_V_load_reg_682 == ap_const_lv4_2) & ~(tle_wordCount_V_load_reg_682 == ap_const_lv4_1) & ~(tle_wordCount_V_load_reg_682 == ap_const_lv4_0) & (ap_const_lv1_0 == tle_shift_load_reg_690));
end
assign brmerge_fu_354_p2 = (tle_wasLast | tmp_not_fu_348_p2);
assign dataIn_V_data_V0_status = (dataIn_V_data_V_empty_n & dataIn_V_keep_V_empty_n & dataIn_V_last_V_empty_n);
assign dataIn_V_data_V_read = dataIn_V_data_V0_update;
assign dataIn_V_keep_V_read = dataIn_V_data_V0_update;
assign dataIn_V_last_V_read = dataIn_V_data_V0_update;
assign grp_fu_295_p3 = dataIn_V_keep_V_dout[ap_const_lv32_4];
assign grp_fu_302_p2 = (grp_fu_295_p3 ^ ap_const_lv1_1);
assign grp_fu_311_p2 = ($signed(tle_ipHeaderLen_V) + $signed(ap_const_lv8_FE));
assign grp_fu_322_p4 = {{tle_prevWord_data_V[ap_const_lv32_3F : ap_const_lv32_20]}};
assign grp_fu_331_p4 = {{tle_prevWord_keep_V[ap_const_lv32_7 : ap_const_lv32_4]}};
assign p_Result_16_fu_629_p1 = grp_fu_331_p4;
assign p_Result_2_i_fu_436_p4 = {{dataIn_V_data_V_dout[ap_const_lv32_17 : ap_const_lv32_10]}};
assign p_Result_i_fu_426_p4 = {{dataIn_V_data_V_dout[ap_const_lv32_1F : ap_const_lv32_18]}};
assign p_Result_s_116_fu_625_p1 = grp_fu_322_p4;
assign p_cast_fu_422_p1 = tmp_335_fu_418_p1;
assign rxEng_tcpLenFifo_V_V_din = tle_ipTotalLen_V;
assign tle_ipHeaderLen_V_load_load_fu_379_p1 = tle_ipHeaderLen_V;
assign tle_shift_load_load_fu_384_p1 = tle_shift;
assign tle_wasLast_load_load_fu_344_p1 = tle_wasLast;
assign tle_wordCount_V_load_load_fu_375_p1 = tle_wordCount_V;
assign tmp_100_fu_400_p2 = ($signed(ap_const_lv8_FF) + $signed(tle_ipHeaderLen_V));
assign tmp_102_fu_494_p2 = (sendWord_2_2_phi_fu_244_p16 ^ ap_const_lv1_1);
assign tmp_158_cast_fu_462_p1 = tmp_s_fu_454_p3;
assign tmp_160_cast_fu_484_p1 = $signed(tmp_98_fu_478_p2);
assign tmp_1_fu_568_p6 = {{{{{tmp_last_V_7_reg_699}, {tmp_337_fu_565_p1}}, {grp_fu_331_p4}}, {tmp_336_fu_562_p1}}, {grp_fu_322_p4}};
assign tmp_2_fu_548_p6 = {{{{{tmp_last_V_9_reg_694}, {tmp_343_fu_545_p1}}, {grp_fu_331_p4}}, {tmp_342_fu_542_p1}}, {grp_fu_322_p4}};
assign tmp_335_fu_418_p1 = dataIn_V_data_V_dout[3:0];
assign tmp_336_fu_562_p1 = tmp_data_V_reg_656[31:0];
assign tmp_337_fu_565_p1 = tmp_keep_V_reg_666[3:0];
assign tmp_339_fu_595_p1 = tmp_data_V_reg_656[31:0];
assign tmp_340_fu_598_p1 = tmp_keep_V_reg_666[3:0];
assign tmp_342_fu_542_p1 = tmp_data_V_reg_656[31:0];
assign tmp_343_fu_545_p1 = tmp_keep_V_reg_666[3:0];
assign tmp_3_fu_534_p4 = {{{tmp_last_V_reg_676}, {tmp_keep_V_reg_666}}, {tmp_data_V_reg_656}};
assign tmp_4_fu_601_p6 = {{{{{tmp_last_V_8_reg_704}, {tmp_340_fu_598_p1}}, {grp_fu_331_p4}}, {tmp_339_fu_595_p1}}, {grp_fu_322_p4}};
assign tmp_5_fu_587_p4 = {{{tmp_last_V_reg_676}, {tmp_keep_V_reg_666}}, {tmp_data_V_reg_656}};
assign tmp_6_fu_633_p4 = {{{{ap_const_lv1_1}, {p_Result_16_fu_629_p1}}}, {p_Result_s_116_fu_625_p1}};
assign tmp_97_fu_466_p2 = (tmp_i_fu_446_p3 - tmp_158_cast_fu_462_p1);
assign tmp_98_fu_478_p2 = ($signed(ap_const_lv5_1E) + $signed(p_cast_fu_422_p1));
assign tmp_i_fu_446_p3 = {{p_Result_2_i_fu_436_p4}, {p_Result_i_fu_426_p4}};
assign tmp_last_V_fu_369_p1 = dataIn_V_last_V_dout;
assign tmp_nbreadreq_fu_146_p5 = (dataIn_V_data_V_empty_n & dataIn_V_keep_V_empty_n & dataIn_V_last_V_empty_n);
assign tmp_not_fu_348_p2 = (tmp_nbreadreq_fu_146_p5 ^ ap_const_lv1_1);
assign tmp_s_fu_454_p3 = {{tmp_335_fu_418_p1}, {ap_const_lv2_0}};


endmodule //toe_rxTcpLengthExtract